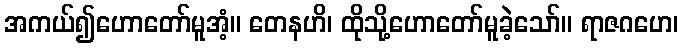
အကယ်၍ဟောတော်မူအံ့။ တေနဟိ၊ ထိုသို့ဟောတော်မူခဲ့သော်။ ရာဇဂဟေ၊